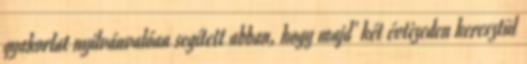
gyakorlat nyilvánvalóan segített abban, hogy majd’ két évtizeden keresztül